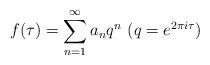
LaTeX: \begin{align*}f(\tau)=\sum_{n=1}^\infty a_n q^n\,\,(q=e^{2\pi i\tau})\end{align*}